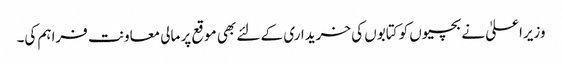
وزیراعلیٰ نے بچیوں کو کتابوں کی خریداری کے لئے بھی موقع پر مالی معاونت فراہم کی۔